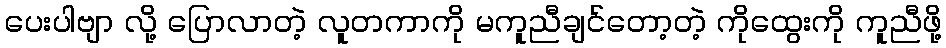
ပေးပါဗျာ လို့ ပြောလာတဲ့ လူတကာကို မကူညီချင်တော့တဲ့ ကိုထွေးကို ကူညီဖို့